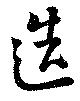
造